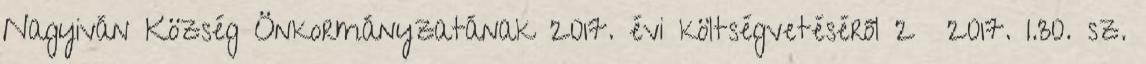
Nagyiván Község Önkormányzatának 2017. évi költségvetéséről 2 2017. I.30. sz.